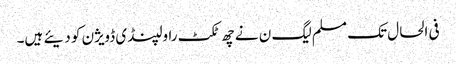
فی الحال تک مسلم لیگ ن نے چھ ٹکٹ راولپنڈی ڈویژن کو دیئے ہیں۔